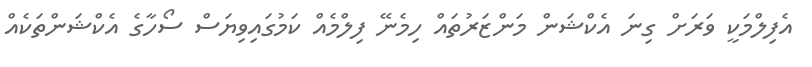
އެފިލްމަކީ ވަރަށް ގިނަ އެކްޝަން މަންޒަރުތައް ހިމެނޭ ފިލްމެއް ކަމުގައިވިޔަސް ސޯހާގެ އެކްޝަންތަކެއް